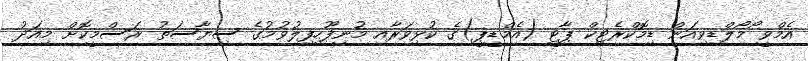
އެމްވީ ޯމޯލްޑިވިއަން ޑިމޮކްރެޓިކް ޕާޓީ (އެމްޑީޕީ)ގެ ކުޅިވަރާއި މުނިފޫހިފިލުވުމުގެ ސިޔާސަތު ރަސްމީކޮށް މިއަދު